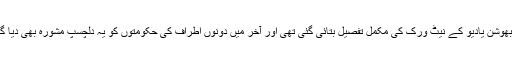
پراوین سوامی کی تحقیقی رپورٹ میں پاکستان میں گرفتار جاسوس کلبھوشن یادیو کے نیٹ ورک کی مکمل تفصیل بتائی گئی تھی اور آخر میں دونوں اطراف کی حکومتوں کو یہ دلچسپ مشورہ بھی دیا گیا تھا کہ وہ مذاکرات کے ذریعے خفیہ جنگ کے اصول مرتب کریں۔